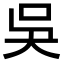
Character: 吳